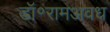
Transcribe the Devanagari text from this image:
डॉ॰रामअवध